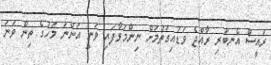
ރައީސް އެނބުރި ރާއްޖެ ވަޑައިގަތުމަށް ނިންމަވާފައި ވަނީ އަންނަ މަހުގެ ތިން ވަނަ